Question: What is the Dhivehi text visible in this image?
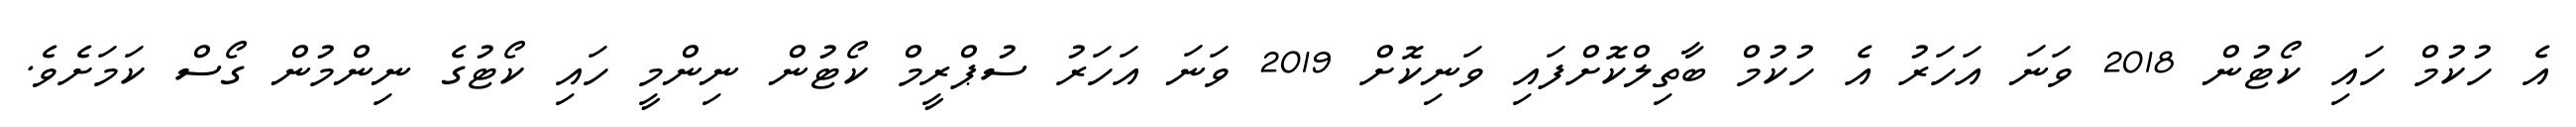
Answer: އެ ހުކުމް ހައި ކޯޓުން 2018 ވަނަ އަހަރު އެ ހުކުމް ބާތިލްކޮށްފައި ވަނިކޮށް 2019 ވަނަ އަހަރު ސުޕްރީމް ކޯޓުން ނިންމީ ހައި ކޯޓުގެ ނިންމުން ގޯސް ކަމަށެވެ.